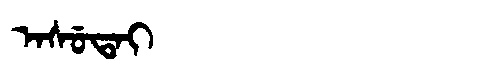
Manchu: ᠠᠰᡠᡨᠠᡳ
Romanization: ASUTAI